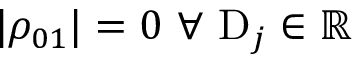
| \rho _ { 0 1 } | = 0 \ \forall \ \mathrm { D } _ { j } \in \mathbb { R }